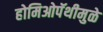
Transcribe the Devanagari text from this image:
होमिओपॅथीमुळे